Lunatic asylums in Bengal annual reports 1899-1911 - 1899-1911
Year: 1899
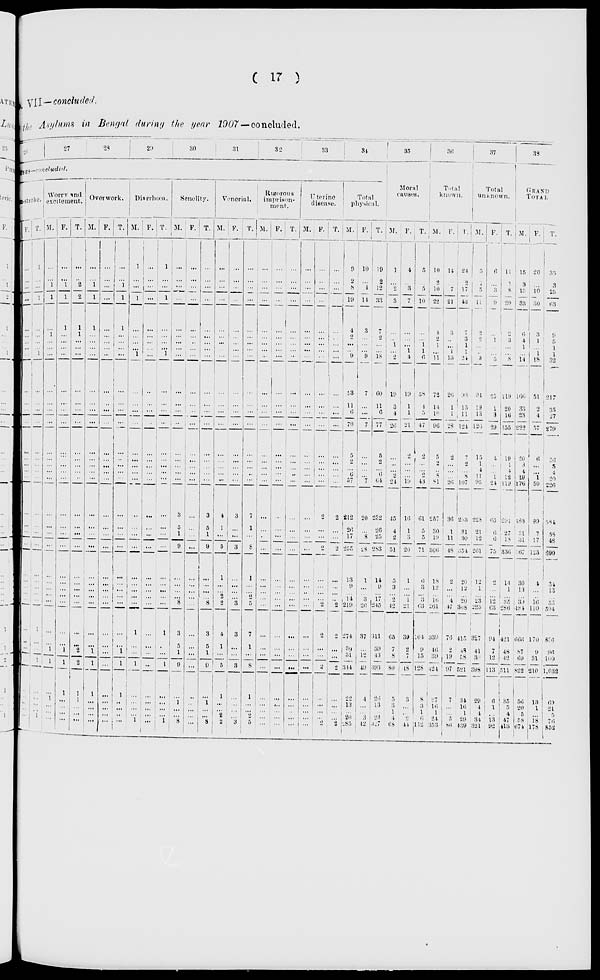
( 17 )
VII—concluded.
the Asylum in Bengal during the year 1907— concluded.
26
27
28
29
30
31
32
33
34
SES—concluded.
stroke.
F.
...
...
...
...
...
...
...
...
...
...
...
...
...
...
...
...
...
...
...
...
...
...
...
...
...
...
...
...
...
...
...
...
...
...
...
...
T.
1
...
...
1
...
...
...
...
1
...
...
...
...
...
...
...
...
...
...
...
...
...
...
...
...
...
...
1
...
...
1
...
...
...
...
...
Worry and
excitement.
M.
...
...
1
1
...
1
...
...
...
...
...
...
...
...
...
...
...
...
...
...
...
...
...
...
...
...
...
...
...
1
1
...
1
...
...
...
F.
...
...
1
1
1
...
...
...
...
...
...
...
...
...
...
...
...
...
...
...
...
...
...
...
...
...
...
...
...
1
1
1
...
...
...
...
T.
...
...
2
2
1
1
...
...
...
...
...
...
...
...
...
...
...
...
...
...
...
...
...
...
...
...
...
...
...
2
2
1
1
...
...
...
Overwork.
M.
...
...
1
1
1
...
...
...
...
...
...
...
...
...
...
...
...
...
...
...
...
...
...
...
... ...
...
...
...
1
1
1
...
...
...
...
F.
...
...
...
...
...
...
...
...
...
...
...
...
...
...
...
...
...
...
...
...
...
...
...
...
...
...
...
...
...
...
...
...
...
...
...
...
T.
...
...
1
1
1
...
...
...
...
...
...
...
...
...
...
...
...
...
...
...
...
...
...
...
...
...
...
...
...
1
1
1
...
...
...
...
Diarrhœa.
M.
1
...
...
1
...
...
...
...
1
...
...
...
...
...
...
...
...
...
...
...
...
...
...
...
...
...
...
1
...
...
1
...
...
...
...
1
F.
...
...
...
...
...
...
...
...
...
...
...
...
...
...
...
...
...
...
...
...
...
...
...
...
...
...
...
...
...
...
...
...
...
...
...
...
T.
1
...
...
1
...
...
...
...
1
...
...
...
...
...
...
...
...
...
...
...
...
...
...
...
...
...
...
1
...
...
1
...
...
...
...
1
Senelity.
M.
...
...
...
...
...
...
...
...
...
...
...
...
...
...
...
...
...
...
3
5
1
9
...
...
...
...
8
3
5
1
9
...
1
...
...
8
F.
...
...
...
...
...
...
...
...
...
...
...
...
...
...
...
...
...
...
...
...
...
...
...
...
...
...
...
...
...
...
...
...
...
...
...
...
T.
...
...
...
...
...
...
...
...
...
...
...
...
...
...
...
...
...
...
3
5
1
9
...
...
...
...
8
3
5
1
9
...
1
...
...
8
Venerial.
M.
...
...
...
...
...
...
...
...
...
...
...
...
...
...
...
...
...
...
4
1
...
5
1
...
...
2
2
4
1
...
5
1
...
...
2
2
F.
...
...
...
...
...
...
...
...
...
...
...
...
...
...
...
...
...
...
3
...
...
3
...
...
...
...
3
3
...
...
3
...
...
...
...
3
T.
...
...
...
...
...
...
...
...
...
...
...
...
...
...
...
...
...
...
7
1
...
8
1
...
... 2
5
7
1
...
8
1
...
...
2
5
Rigorous
imprison-
ment.
M.
...
...
...
...
...
...
...
...
...
...
...
...
...
...
...
...
...
...
...
...
...
...
...
...
...
...
...
...
...
...
...
...
...
...
...
...
F.
...
...
...
...
...
...
...
...
...
...
...
...
...
...
...
...
...
...
...
...
...
...
...
...
...
...
...
...
...
...
...
...
...
...
...
...
T.
...
...
...
...
...
...
... ...
...
...
...
...
...
...
...
...
...
...
...
...
...
...
...
...
...
...
...
...
...
...
...
...
...
...
...
...
Uterine
disease.
M.
...
...
...
...
...
...
...
...
...
...
...
...
...
...
...
...
...
...
...
...
...
...
...
...
...
...
...
...
...
...
...
...
...
...
...
...
F.
...
...
...
...
...
...
...
...
...
...
...
...
...
...
...
...
...
...
2
...
...
2
...
...
...
...
2
2
...
...
2
...
...
...
...
2
T.
...
...
...
...
...
...
...
...
...
...
...
...
...
...
...
...
...
...
2
...
...
2
...
...
... ...
2
2
...
...
2
...
...
...
...
2
Total
physical.
M.
9
2
8
19
4
2
... ...
9
53
11
6
70
5
2
...
6
57
212
26
17
255
13
9
...
14
219
274
39
31
344
22
13
...
20
285
F.
10
...
4
14
3
...
...
...
9
7
...
...
7
...
...
...
...
7
20
...
8
28
1
...
... 3
26
37
...
12
49
4
...
...
3
42
T.
19
2
12
33
7
2
...
...
18
60
11
6
77
5
2
...
6
64
232
26
25
283
14
9
...
17
245
311
39
43
393
26
13
... 23
327
35
Moral
causes.
M.
1
...
2
3
...
...
1
...
2
19
3
4
26
...
...
...
2
24
45
4
2
51
5
3
...
2
42
65
7
8
80
5
3
1
4
68
F.
4
...
3
7
...
...
...
1
4
19
1
1
21
2
...
...
...
19
16
1
3
20
1
...
... 1
21
39
2
7
48
3
...
...
2
44
T.
5
...
5
10
...
...
1
1
6
38
4
5
47
2
...
... 2
43
61
5
5
71
6
3
...
3
63
104
9
15
128
8
3
1
6
112
36
Total
known.
M.
10
2
10
22
4
2 1
...
11
72
14
10
96
5
2
...
8
81
257
30
19
306
18
12
...
16
261
339
46
39
424
27
16
1
24
353
F.
14
...
7
21
3
...
... 1
13
26
1
1
28
2
...
...
...
26
36
1
11
48
2
...
...
4
47
76
2
19
97
7
...
...
5
86
T.
24
2
17
43
7
3
1
1
24
98
15
11
124
7
2
...
8
107
293
31
30
354
20
12
...
20
308
415
48
58
521
34
16
1
29
439
37
Total
unknown.
M.
5
1
5
21
2
2
...
...
3
94
19
13
126
15
1
4
11
95
228
21
12
261
12
1
...
23
225
327
41
30
398
29
4
4
34
321
F.
6
...
3
9
...
1
...
...
5
25
1
3
29
4
...
...
1
24
63
6
6
75
2
...
...
12
63
94
7
12
113
6
1
...
13
92
T.
11
1
8
29
2
3
...
...
8
119
20
16
155
19
1
4
12
119
201
27
18
336
14
1
...
35
286
421
48 42
511
35
5
4
47
413
38
GRAND
TOTAL.
M.
15
3
15
33
6
4
1
...
14
166
33
23
222
20
3
4
19
176
185
51
31
567
30
13
...
39
484
666
87
69
822
56
20
5
58
674
F.
20
...
10
30
3
1
... 1
18
51
2
4
57
6
...
...
1
50
99
7
17
123
4
...
...
16
110
170
9
31
210
13
1
...
18
178
T.
35
3
25
63
9
5
1
1
32
217
35
27
279
26
3
4
20
226
284
58
48
690
34
13
...
55
594
836
96
100
1,032
69
21
5
76
852